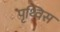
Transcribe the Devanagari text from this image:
पृथ्विस